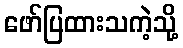
ဖော်ပြထားသကဲ့သို့